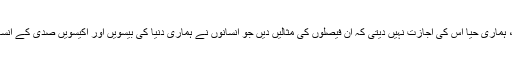
چنانچہ انسانوں کی عقل نے جو فیصلے کئے وہ ناقابل بیان ہیں، ہماری حیا اس کی اجازت نہیں دیتی کہ ان فیصلوں کی مثالیں دیں جو انسانوں نے ہماری دنیا کی بیسویں اور اکیسویں صدی کے انسانوں کے باری میں اپنی عقل و بصیرت کی بنیاس پر کئے ہیں۔